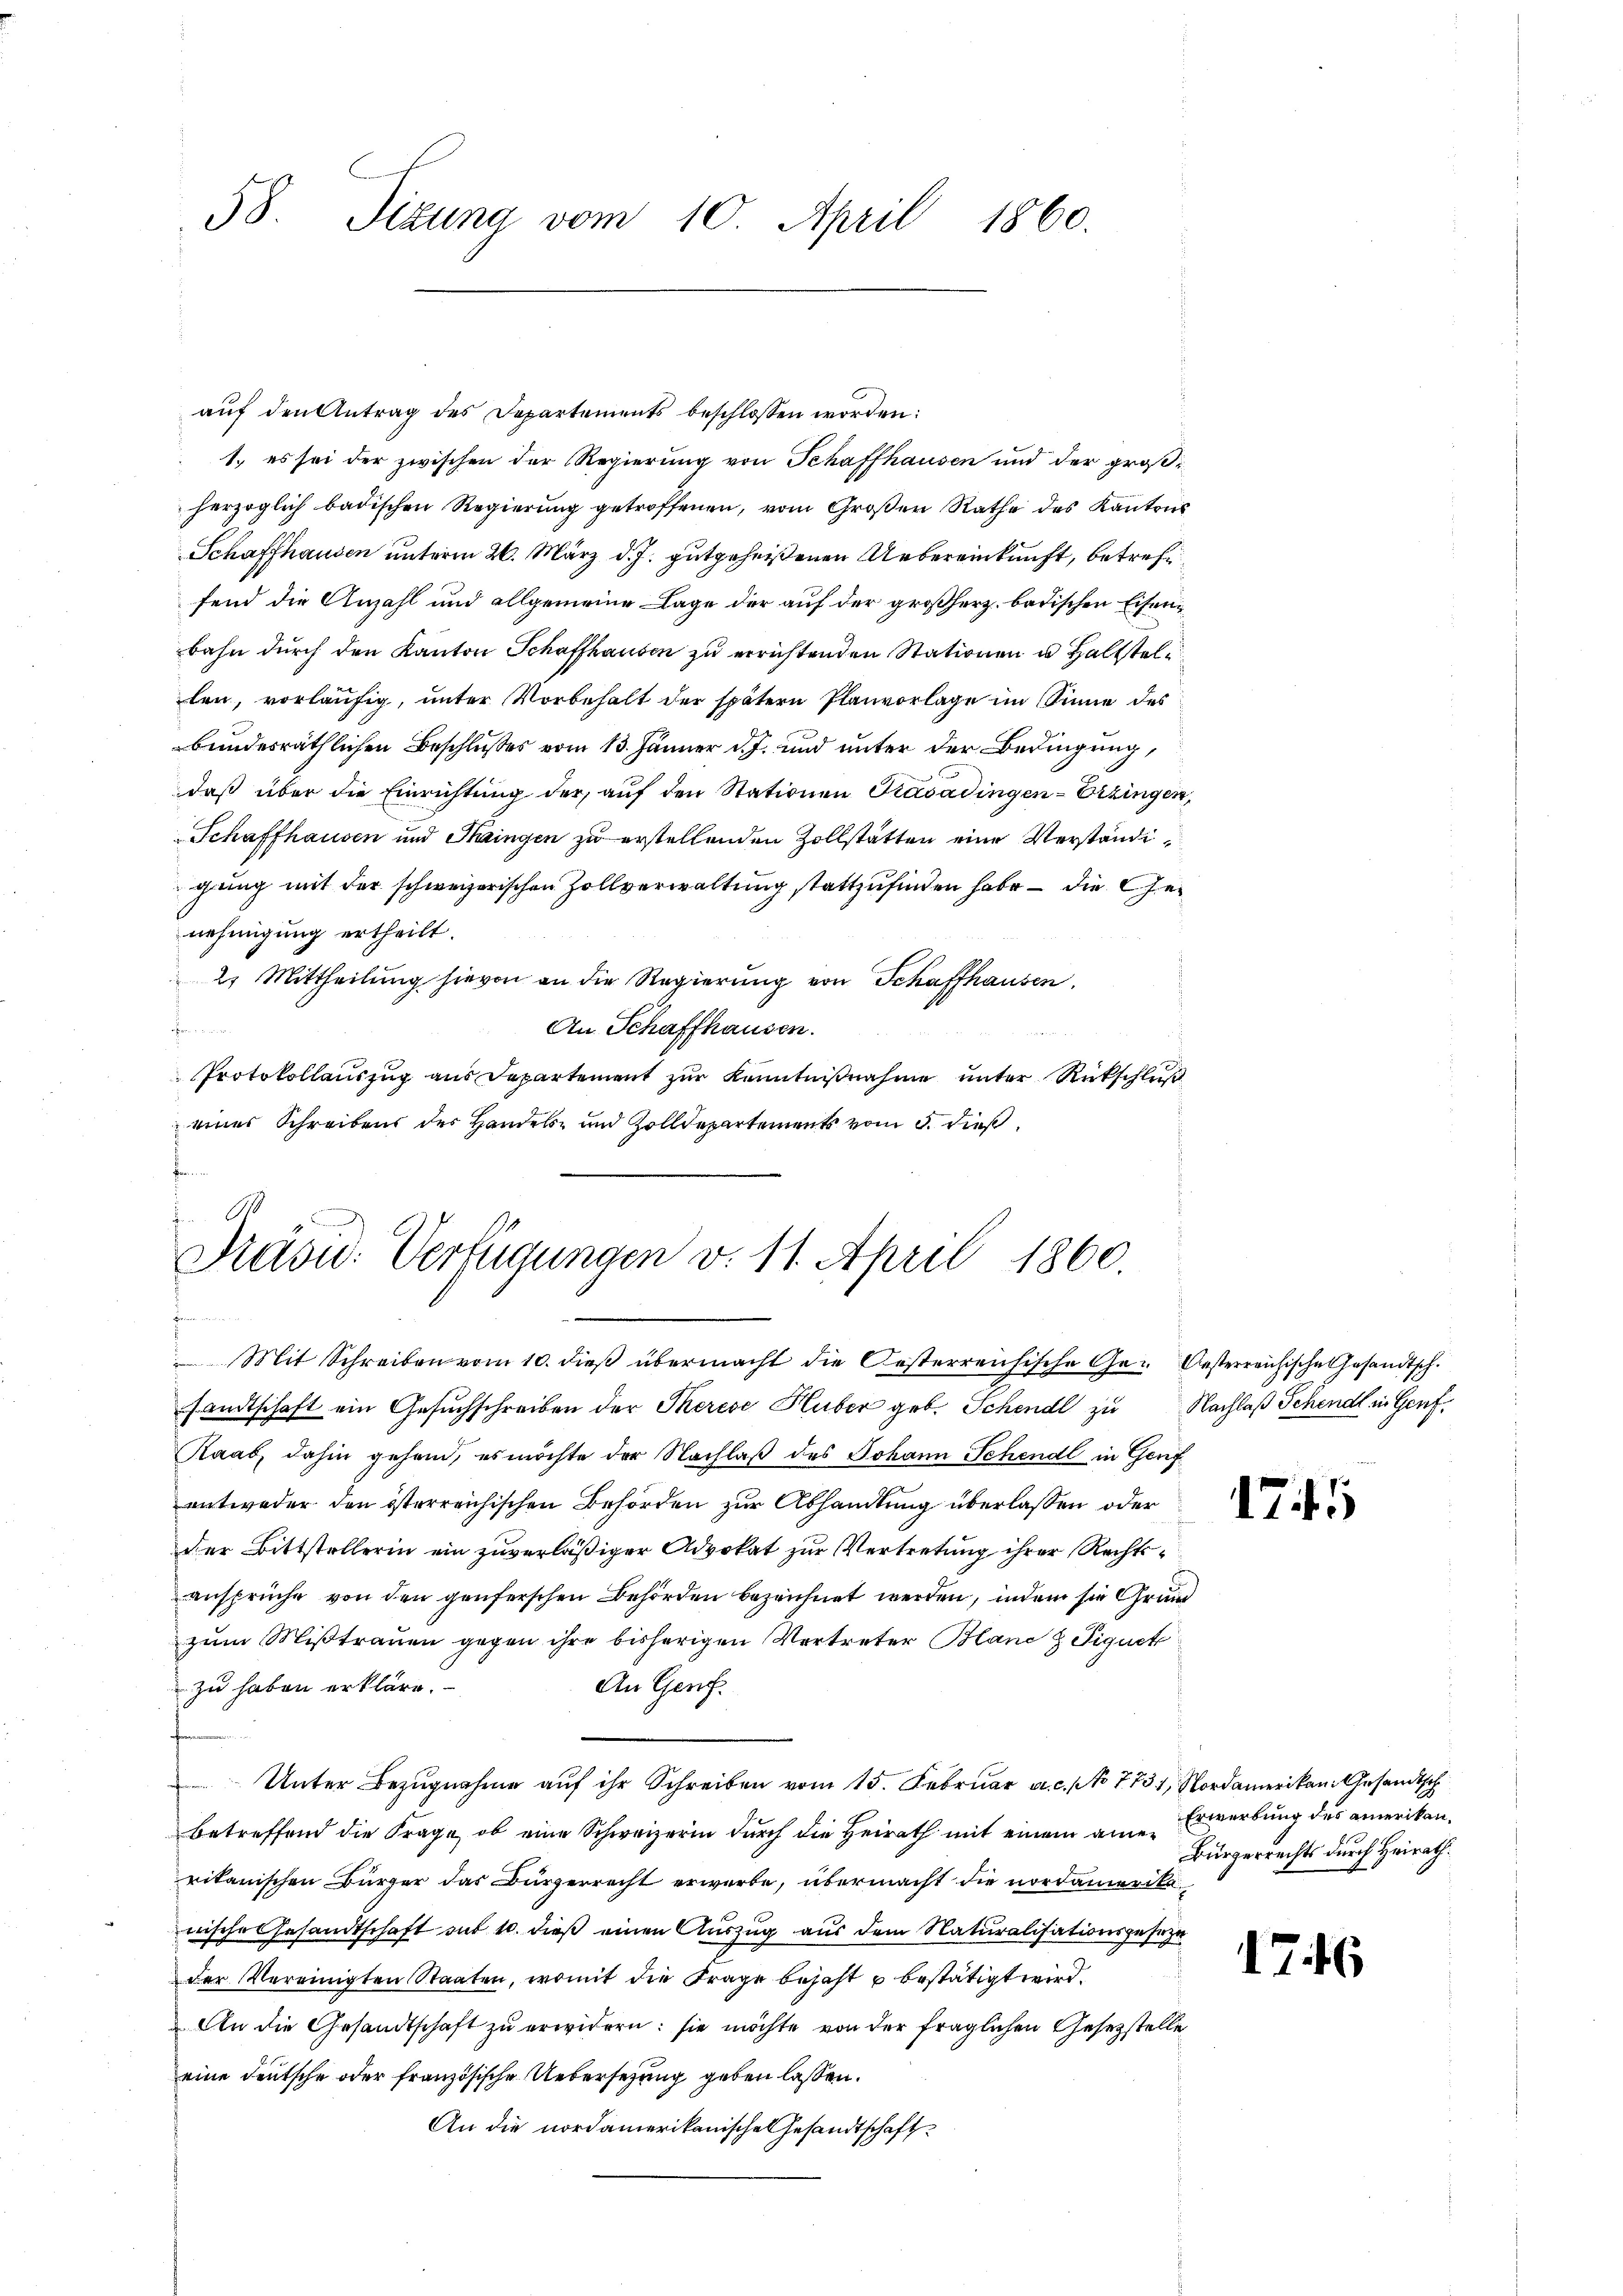
58. Sizung vom 10. April 1860.

auf den Antrag des Departements beschlossen worden:
1.) es sei der zwischen der Regierung von Schaffhausen und der großherzoglich badischen Regierŭng getroffenen, vom Groβen Rathe des Kantons
Schaffhausen unterm 26. März d. J. gutgeheißenen Uebereinkunft, betrefffend die Anzahl und allgemeine Lage der auf der großherz badischen Eisenbahn dŭrch den Kanton Schaffhausen zu errichtenden Stationen u. Halstel
len, vorläufig, unter Vorbehalt der spätern Planvorlage im Sinne des
bundesräthlichen Beschlußes vom 13. Jänner d. J. und unter der Bedingung,
daß über die Einrichtung der auf den Stationen Krasadingen-Erzingen,
Schaffhausen und Mazingen zu erstellenden Zollstätten eine Verständigung mit der schweizerischen Zollverwaltung stattzufinden habe – die Genehmigung ertheilt.
2. Mittheilung hievon an die Regierung von Schaffhausen,
Fennen
An Schaffhausen.
Protokollaŭszŭg ans Departement zŭr Kenntniβnahme ŭnter Rückschlŭβ
eines Schreibens der Handels- und Zolldepartements vom 5. dieß,
Bam.

sandtschaft ein Gesuchschreiben der Therese Huber geb. Schend zu Nachlaß Schend in Genf
Raab, dahin gehend, es möchte der Nachlaß des Johann Schendl in Genf
entweder den österreichischen Behörden zur Abhandlung überlassen oder
der Bittstellerin ein zuverläßiger Advokat zur Vertretung ihrer Rechtsansprüche von den genferschen Behörden bezeichnet werden, indem sie Grund
zum Mißtrauen gegen ihre bisherigen Vertreter Blanc z Tiguet
zu haben erkläre.
An Genf.
Unter Bezugnahme aŭf ihr Schreiben vom 15. Februar a.c. No 7731, Nordamerikan. Gesandtsch
betreffend die Frage, ob eine Schweizerin durch die Heirath mit einem amerikanischen Bürger das Bürgerrecht erwerbe, übermacht die nordamerikawische Gesandtschaft sub 10. dieß einen Auszug aus dem Naturalisationsgeseze
der Vereinigten Staaten, womit die Frage bejaht u bestätigt wird.
An die Gesandtschaft zu erwidern: sie möchte von der fraglichen Gesetzstelle
eine deutsche oder französische Uebersezung geben lassen.
An die nordamerikanische Gesandtschaft¬

G
Präsid. Verfügungen v. 11. April 1860.
1
n
Mit Schreiben vom 10. dieß übermacht die Oesterreichische Ge¬ Oesterreichische Gesandtsch.

74

Erwerbung des amerikan¬
Bürgerrechts durch Heirath.

1746